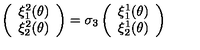
\left( \begin{array} { c } { \xi _ { 1 } ^ { 2 } ( \theta ) } \\ { \xi _ { 2 } ^ { 2 } ( \theta ) } \\ \end{array} \right) = \sigma _ { 3 } \left( \begin{array} { c } { \xi _ { 1 } ^ { 1 } ( \theta ) } \\ { \xi _ { 2 } ^ { 1 } ( \theta ) } \\ \end{array} \right)